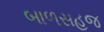
બાળસહજ